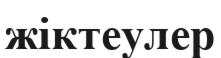
жіктеулер